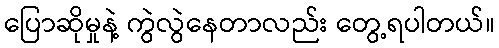
ပြောဆိုမှုနဲ့ ကွဲလွဲနေတာလည်း တွေ့ရပါတယ်။